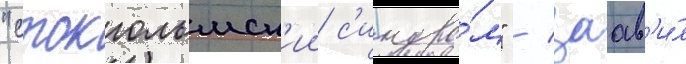
"стокгольмск'ии с'индро́м" / заав'и́л